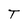
Character: T